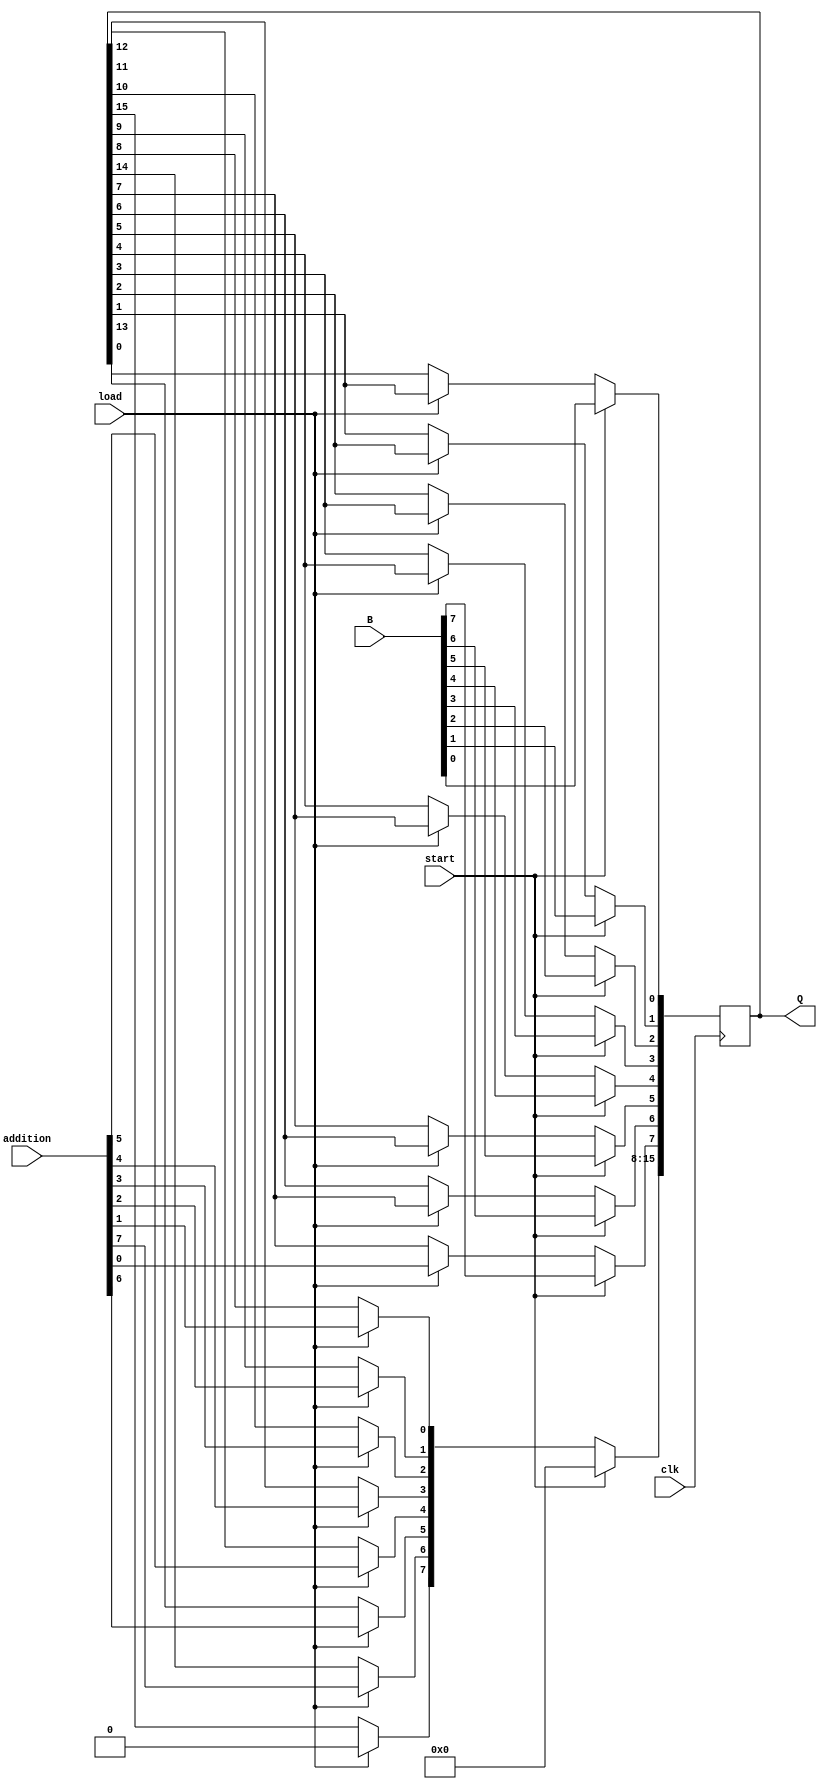
`timescale 1ns / 1ps
//////////////////////////////////////////////////////////////////////////////////
// Company: 
// Engineer: 
// 
// Design Name: 
// Module Name: shift_reg_16_bit
// Project Name: 
// Target Devices: 
// Tool Versions: 
// Description: 
// 
// Dependencies: 
// 
// Revision:
// Revision 0.01 - File Created
// Additional Comments:
// 
//////////////////////////////////////////////////////////////////////////////////


module shift_reg_16_bit(input clk, start, load, input [7:0]B, input [7:0]addition,  output reg [15:0]Q); // check for error in addition

always @ (posedge clk)
begin
    if(start) begin
        Q[15:8]  <= 0;
        Q[7:0] <= B; 
    end
    
    else if(load)
    begin
        Q[15:8] = addition;
        
        //            shift
            Q[0] <=Q[1];
            Q[1] <=Q[2];
            Q[2] <=Q[3];
            Q[3] <=Q[4];
            Q[4] <=Q[5];
            Q[5] <=Q[6];
            Q[6] <=Q[7];
            Q[7] <=Q[8];
            Q[8] <=Q[9];
            Q[9] <=Q[10];
            Q[10] <=Q[11];
            Q[11] <=Q[12];
            Q[12] <=Q[13];
            Q[13] <=Q[14];
            Q[14] <=Q[15];

            Q[15] <= 0;
    end
    
     
end
endmodule